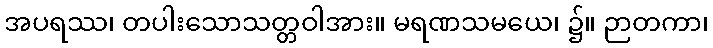
အပရဿ၊ တပါးသောသတ္တဝါအား။ မရဏသမယေ၊ ၌။ ဉာတကာ၊